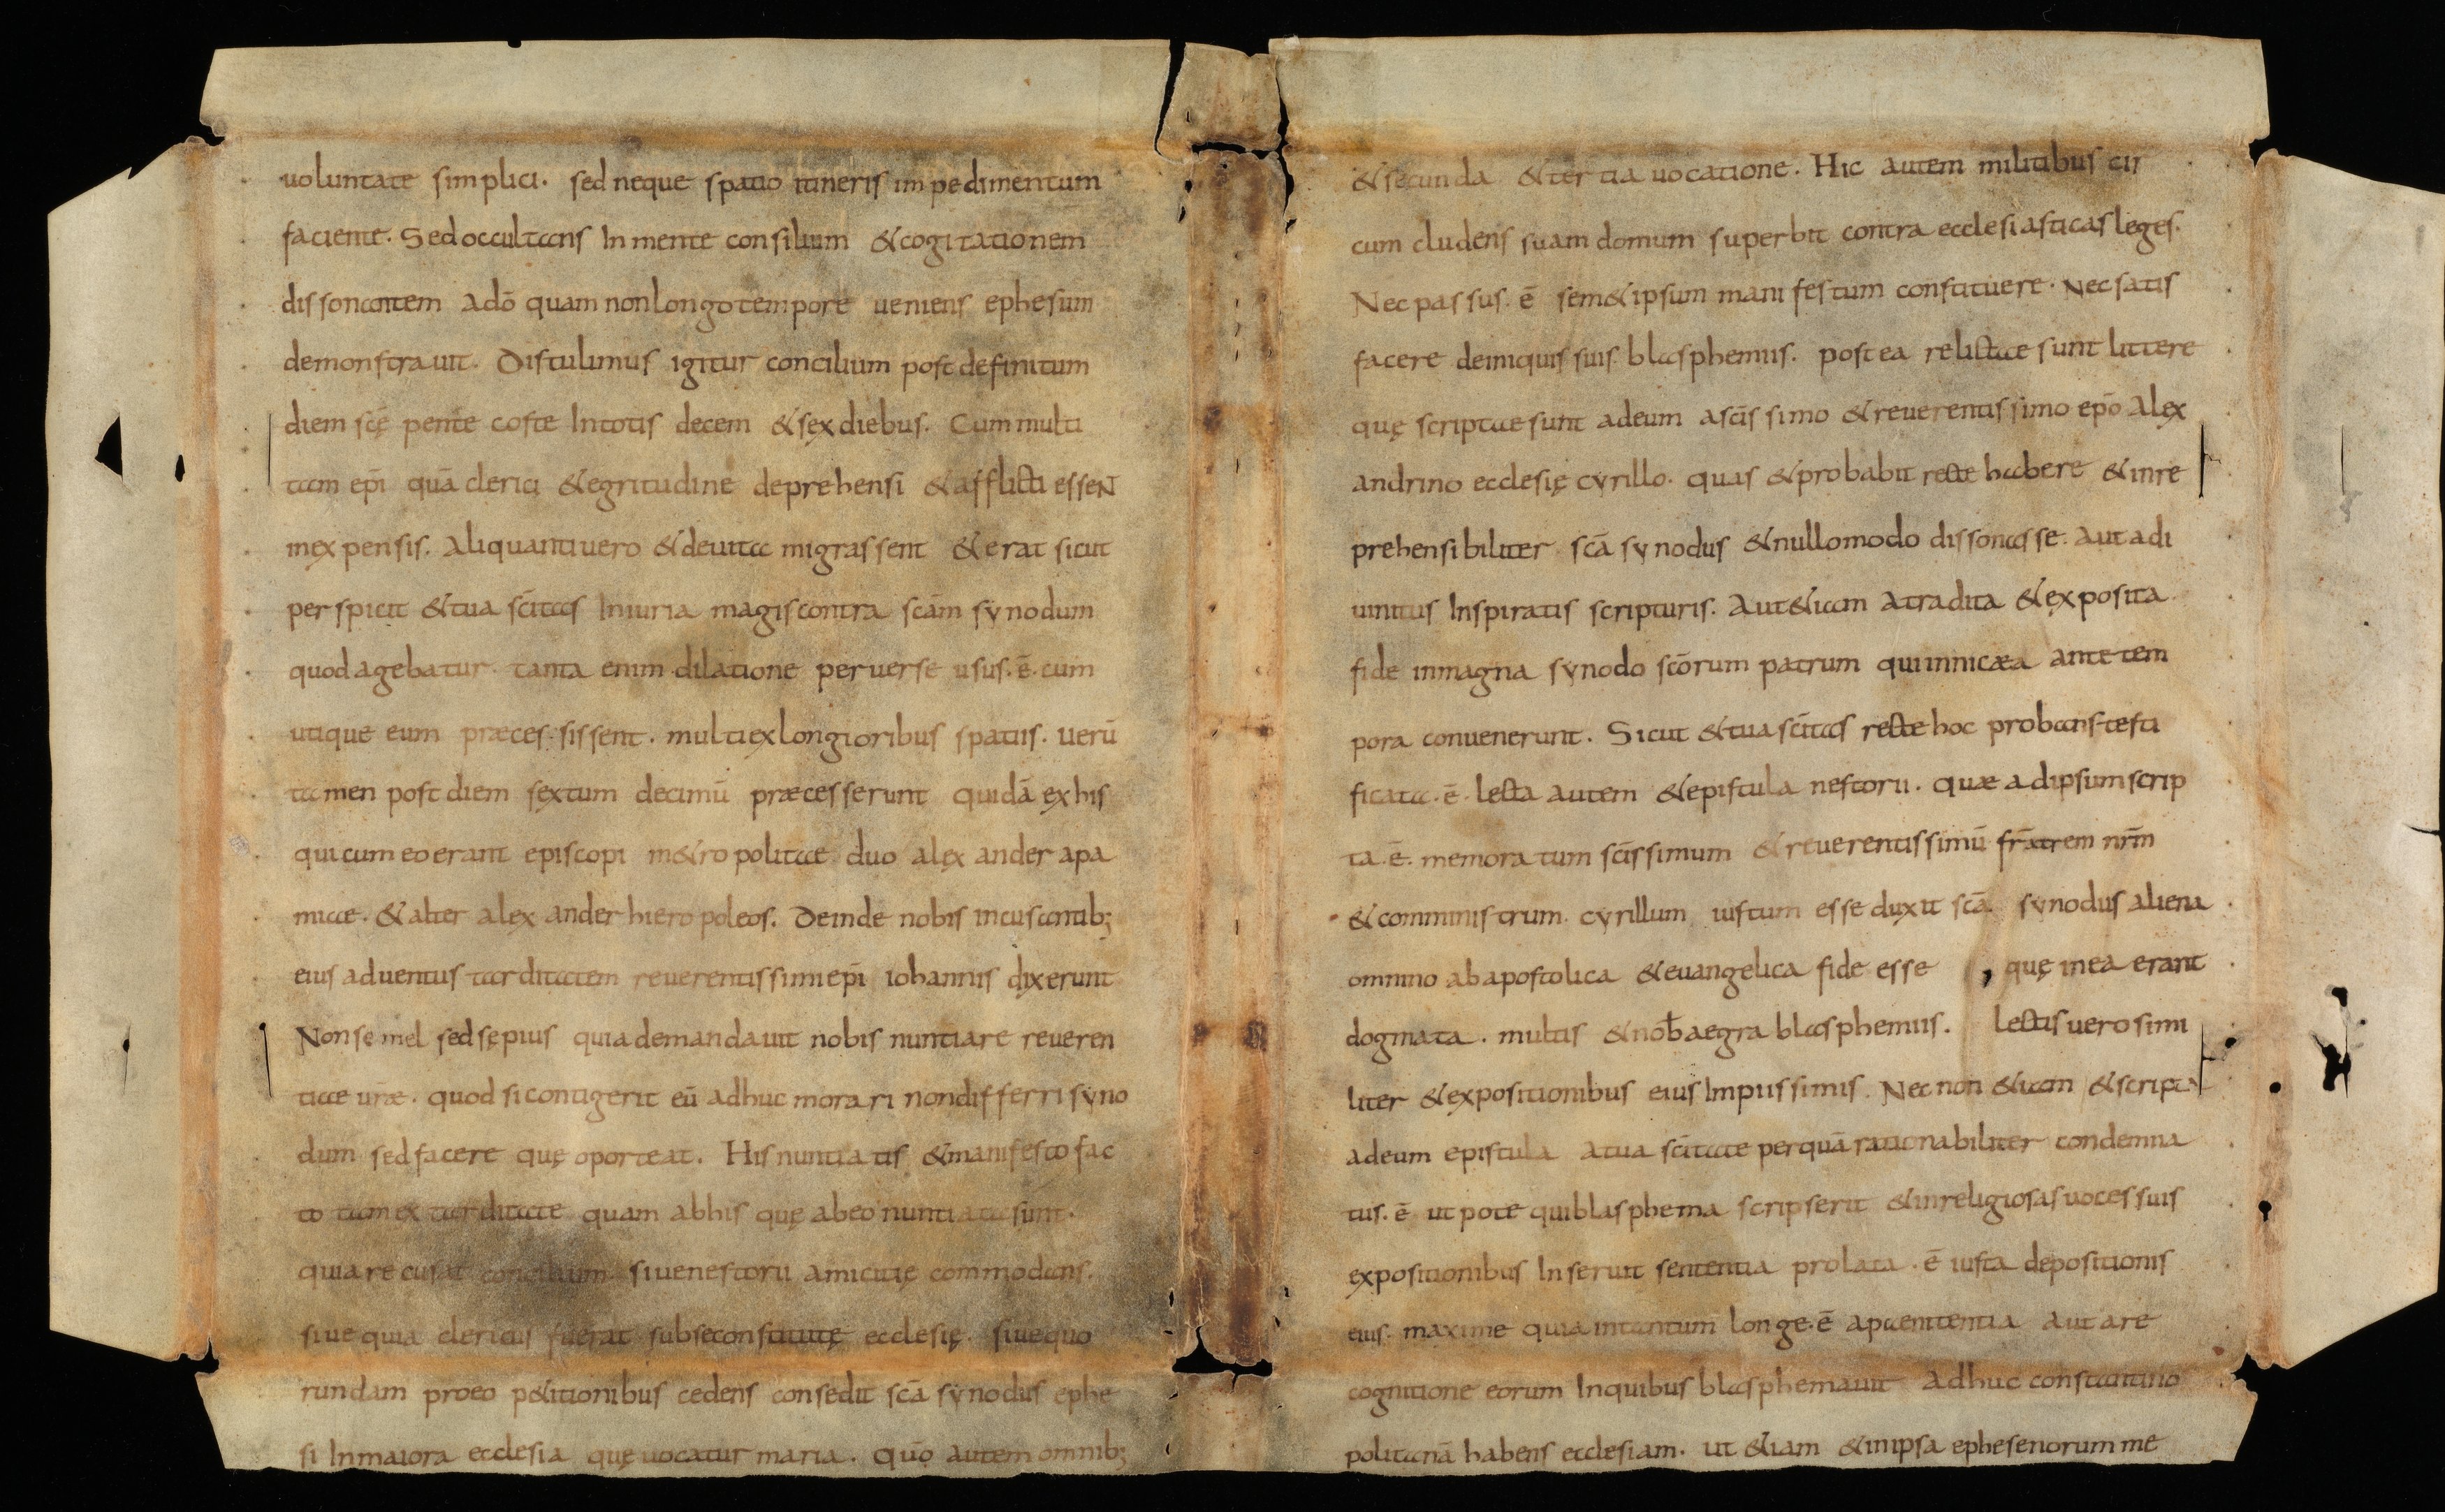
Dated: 834–865